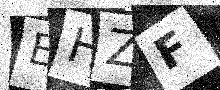
Text: EHZF